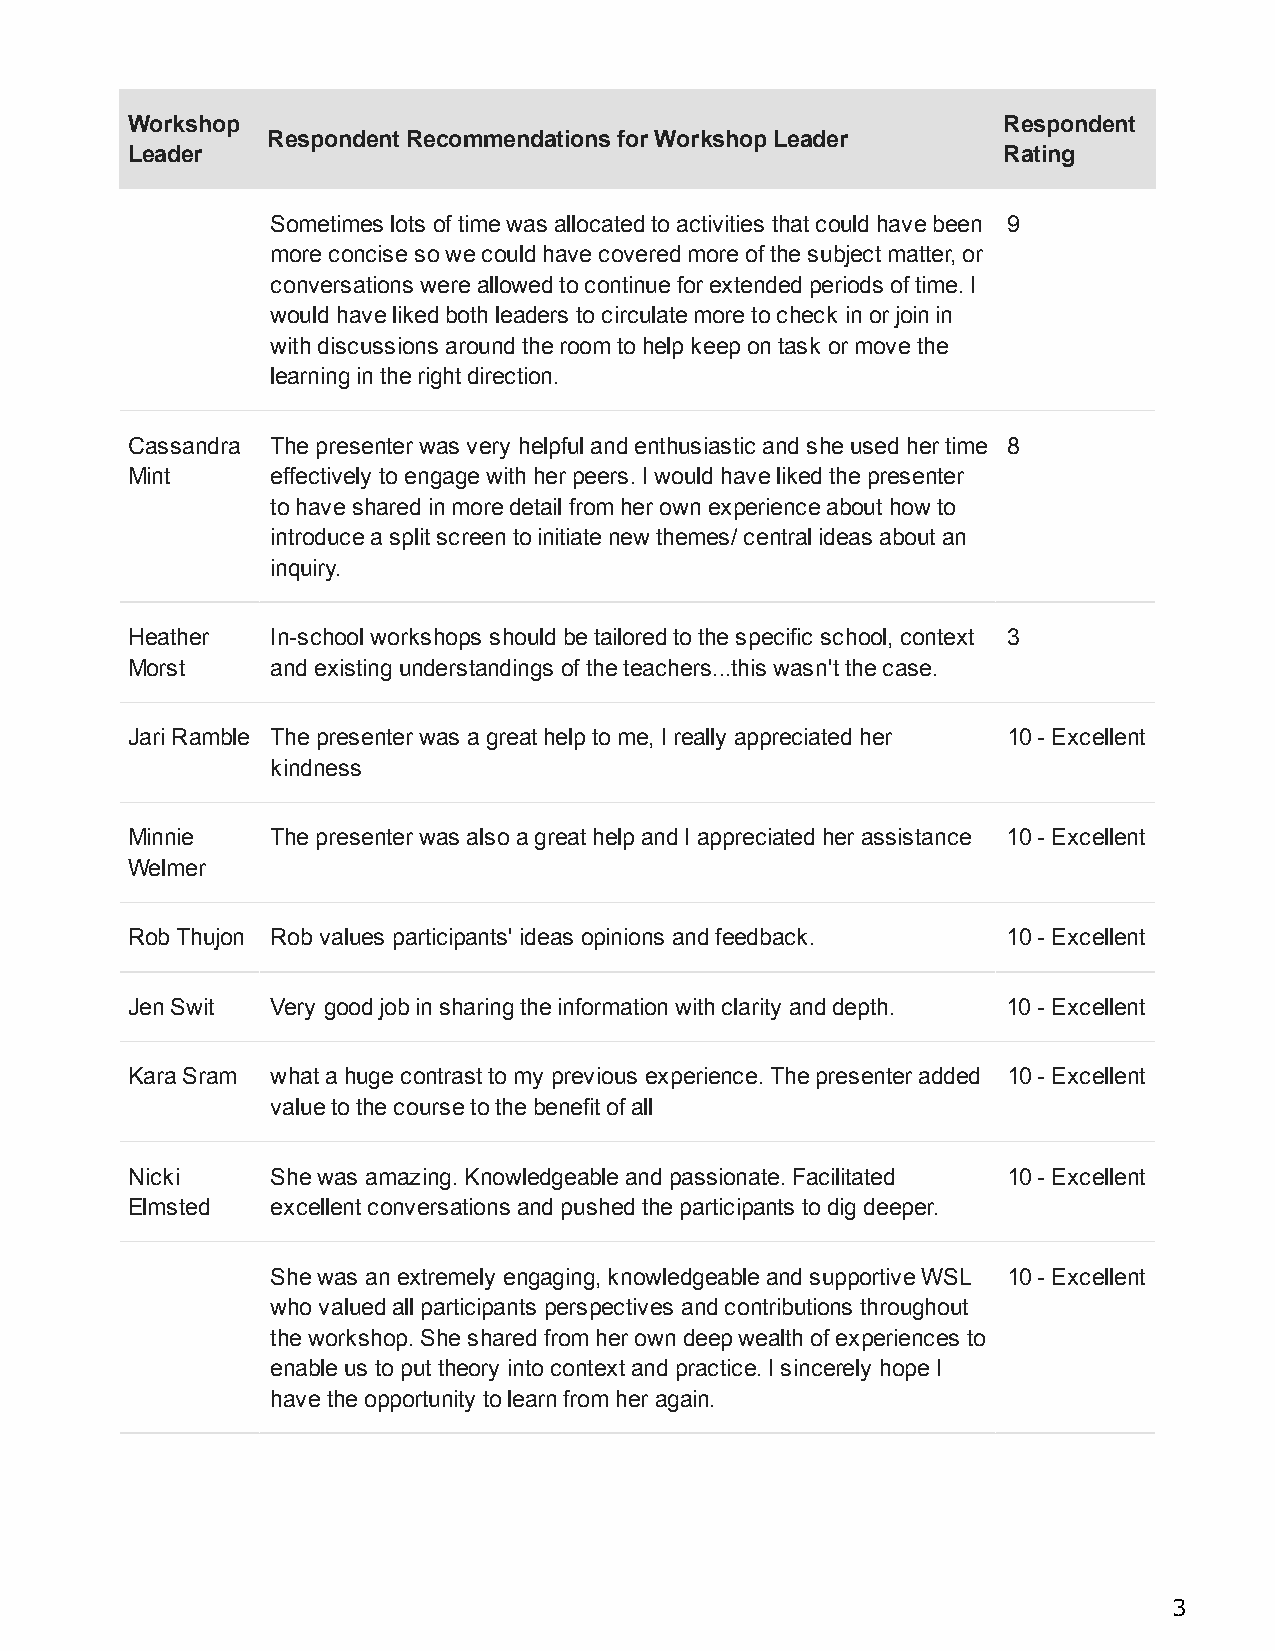
Workshop                                                  Respondent
 Respondent Recommendations for Workshop Leader
 Leader                                                    Rating
 Sometimes lots of time was allocated to activities that could have been 9
 more concise so we could have covered more of the subject matter, or
 conversations were allowed to continue for extended periods of time. I
 would have liked both leaders to circulate more to check in or join in
 with discussions around the room to help keep on task or move the
 learning in the right direction.
 Cassandra The presenter was very helpful and enthusiastic and she used her time 8
 Mint      effectively to engage with her peers. I would have liked the presenter
 to have shared in more detail from her own experience about how to
 introduce a split screen to initiate new themes/ central ideas about an
 inquiry.
 Heather   In-school workshops should be tailored to the specific school, context 3
 Morst     and existing understandings of the teachers...this wasn't the case.
 Jari Ramble The presenter was a great help to me, I really appreciated her 10 - Excellent
 kindness
 Minnie    The presenter was also a great help and I appreciated her assistance 10 - Excellent
 Welmer
 Rob Thujon Rob values participants' ideas opinions and feedback. 10 - Excellent
 Jen Swit  Very good job in sharing the information with clarity and depth. 10 - Excellent
 Kara Sram what a huge contrast to my previous experience. The presenter added 10 - Excellent
 value to the course to the benefit of all
 Nicki     She was amazing. Knowledgeable and passionate. Facilitated 10 - Excellent
 Elmsted   excellent conversations and pushed the participants to dig deeper.
 She was an extremely engaging, knowledgeable and supportive WSL 10 - Excellent
 who valued all participants perspectives and contributions throughout
 the workshop. She shared from her own deep wealth of experiences to
 enable us to put theory into context and practice. I sincerely hope I
 have the opportunity to learn from her again.
 3